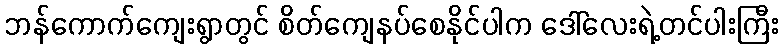
ဘန်ကောက်ကျေးရွာတွင် စိတ်ကျေနပ်စေနိုင်ပါက ဒေါ်လေးရဲ့တင်ပါးကြီး